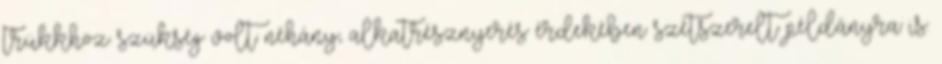
trükkhöz szükség volt néhány, alkatrésznyerés érdekében szétszerelt példányra is.